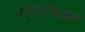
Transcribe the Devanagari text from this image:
ऐमोनाम्‌इड्स